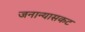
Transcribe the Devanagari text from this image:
जनान्यासकट